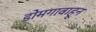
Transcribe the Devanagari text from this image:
डोमगावाहून